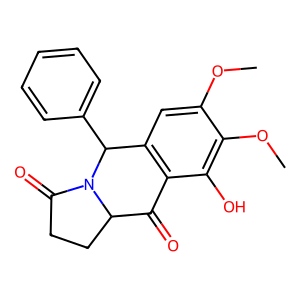
SMILES: COc1cc2c(c(O)c1OC)C(=O)C1CCC(=O)N1C2c1ccccc1
Inhibits HIV replication: No